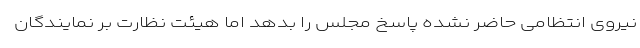
نیروی انتظامی حاضر نشده پاسخ مجلس را بدهد اما هیئت نظارت بر نمایندگان